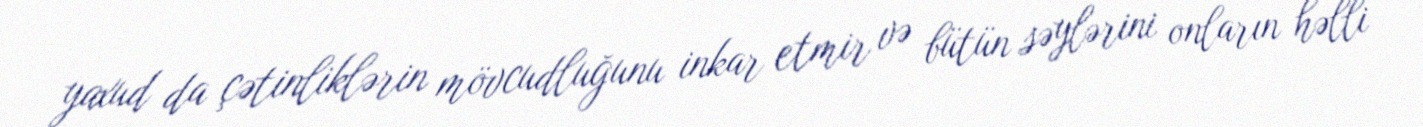
yaxud da çətinliklərin mövcudluğunu inkar etmir və bütün səylərini onların həlli